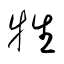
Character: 牲